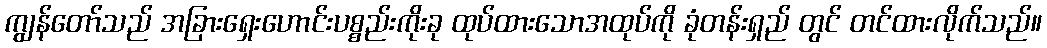
ကျွန်တော်သည် အခြားရှေးဟောင်းပစ္စည်းကိုးခု ထုပ်ထားသောအထုပ်ကို ခုံတန်းရှည် တွင် တင်ထားလိုက်သည်။